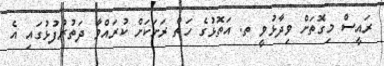
ރައީސް މިގޮތަށް ވިދާޅުވީ ތ. އަތޮޅުގެ ހަތް ރަށަކަށް ކުރައްވާ ދަތުރުފުޅުގައި އެ